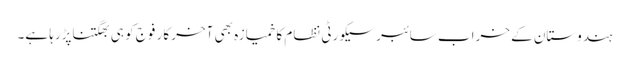
ہندوستان کے خراب سائبرسیکورٹی نظام کا خمیازہ بھی آخر کار فوج کو ہی بھگتناپڑرہا ہے۔